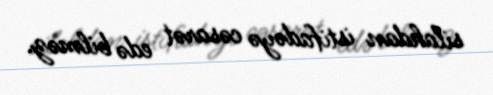
silahdan istifadəyə cəsarət edə bilməz.